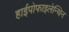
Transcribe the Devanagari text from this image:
हाईपोफाइलेन्थिन